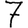
Digit: 7